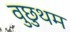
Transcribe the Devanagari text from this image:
वुछुथम